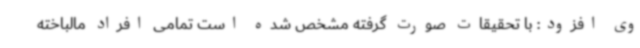
وی افزود: با تحقیقات صورت گرفته مشخص شده است تمامی افراد مالباخته